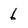
Character: 6